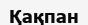
Қақпан